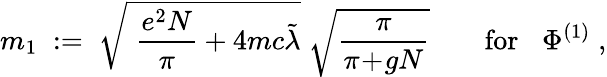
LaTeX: m_{1}\; :=\; \sqrt{\; \frac{e^{2}N}{\pi}+4mc\tilde{\lambda}}\; \sqrt{\frac{\pi}{\pi\! +\! gN}}\; \; \; \; \; \; \; \mathrm{for}\; \; \; \Phi^{(1)}\; ,